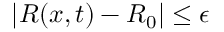
| R ( x , t ) - R _ { 0 } | \leq \epsilon